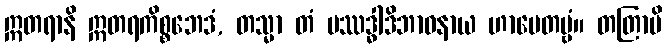
ဣတရာနိ ဣတရကိစ္စဘေဒံ, တသ္မာ တံ ပဿဒ္ဓါဒိဘာဝနာယ ဟာပေတဗ္ဗံ။ တတြာပိ